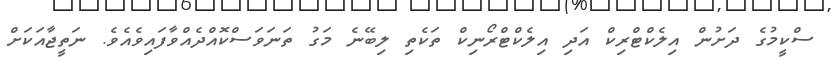
ސްކީމުގެ ދަށުން އިލެކްޓްރިކް އަދި އިލެކްޓްރޯނިކް ތަކެތި ލިބޭނެ މަގު ތަނަވަސްކޮއްދެއްވާފައިވެއެވެ. ނަތީޖާއަކަށް